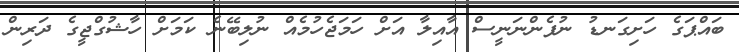
ބައްޕަގެ ހަށިގަނޑު ނުފެންނަނީސް އާއިލާ އަށް ހަމަޖެހުމެއް ނުލިބޭނެ ކަމަށް ހާޝުގްޖީގެ ދަރިން